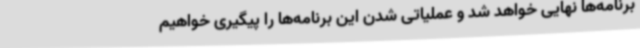
برنامه‌ها نهایی خواهد شد و عملیاتی شدن این برنامه‌ها را پیگیری خواهیم